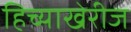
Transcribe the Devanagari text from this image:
हिच्याखेरीज